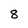
Character: 8